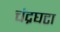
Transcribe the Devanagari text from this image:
चंद्रघटा